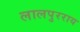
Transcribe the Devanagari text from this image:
लालपुरराय